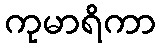
ကုမာရိကာ